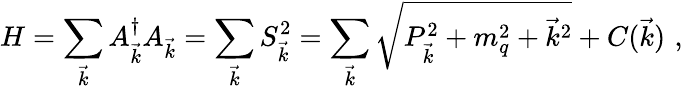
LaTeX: H=\sum_{\vec{k}}A_{\vec{k}}^{\dagger}A_{\vec{k}}=\sum_{\vec{k}}S_{\vec{k}}^{2}=\sum_{\vec{k}}\sqrt{P_{\vec{k}}^{2}+m_{q}^{2}+{\vec{k}}^{2}}+C(\vec{k})\, \, ,